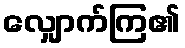
လျှောက်ကြ၏